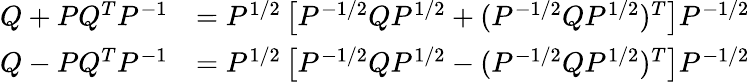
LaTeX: \begin{array}{rl}{Q+PQ^{T}P^{-1}}&{=P^{1/2}\left[P^{-1/2}QP^{1/2}+(P^{-1/2}QP^{1/2})^{T}\right]P^{-1/2}}\\ {Q-PQ^{T}P^{-1}}&{=P^{1/2}\left[P^{-1/2}QP^{1/2}-(P^{-1/2}QP^{1/2})^{T}\right]P^{-1/2}}\end{array}